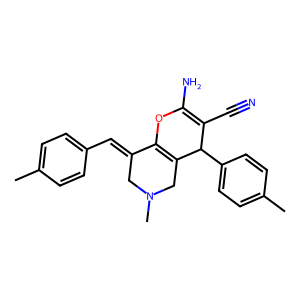
SMILES: Cc1ccc(C=C2CN(C)CC3=C2OC(N)=C(C#N)C3c2ccc(C)cc2)cc1
Inhibits HIV replication: No